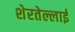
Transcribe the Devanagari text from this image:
शेरतेल्लाई